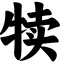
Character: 犊